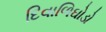
દિવાળિઘોડો